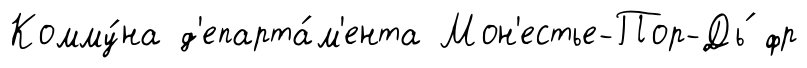
Комму́на д'епарта́м'ента Мон'естье-Пор-Дь́ фр